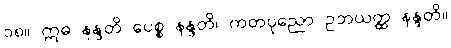
၁၈။ ဣဓ နန္ဒတိ ပေစ္စ နန္ဒတိ၊ ကတပုညော ဥဘယတ္ထ နန္ဒတိ။